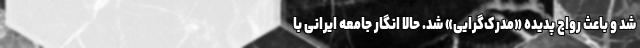
شد و باعث رواج پدیده «مدرک‌گرایی» شد. حالا انگار جامعه ایرانی با